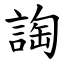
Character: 䛬